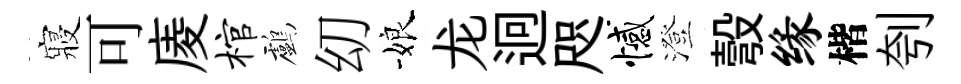
寢可庱棺鸕㓜娘龙迥咫憾澄彀缘楷刳